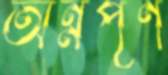
অন্নপূর্ণ